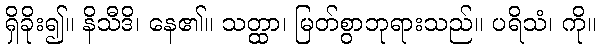
ရှိခိုး၍။ နိသီဒိ၊ နေ၏။ သတ္ထာ၊ မြတ်စွာဘုရားသည်။ ပရိသံ၊ ကို။